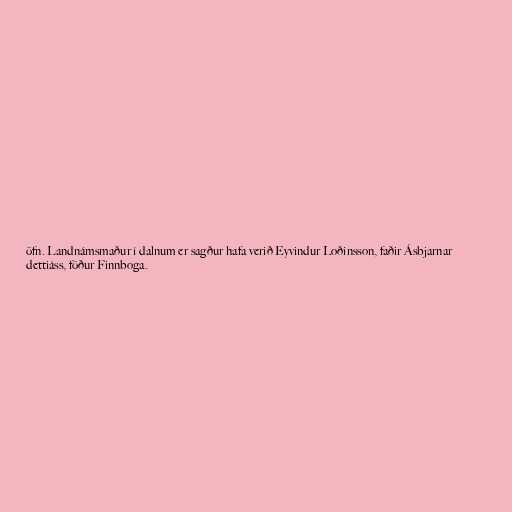
öfn. Landnámsmaður í dalnum er sagður hafa verið Eyvindur Loðinsson, faðir Ásbjarnar
dettiáss, föður Finnboga.